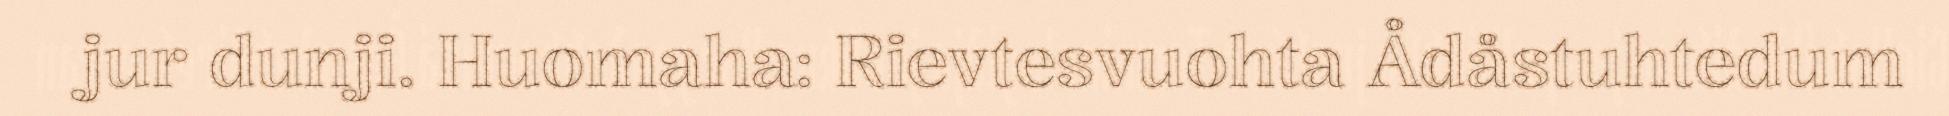
jur dunji. Huomaha: Rievtesvuohta Ådåstuhtedum